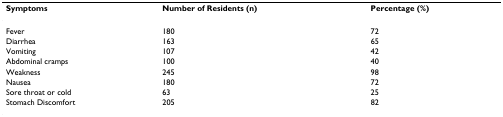
<table><thead><tr><td><b>Symptoms</b></td><td><b>Number of Residents (n)</b></td><td><b>Percentage (%)</b></td></tr></thead><tbody><tr><td>Fever</td><td>180</td><td>72</td></tr><tr><td>Diarrhea</td><td>163</td><td>65</td></tr><tr><td>Vomiting</td><td>107</td><td>42</td></tr><tr><td>Abdominal cramps</td><td>100</td><td>40</td></tr><tr><td>Weakness</td><td>245</td><td>98</td></tr><tr><td>Nausea</td><td>180</td><td>72</td></tr><tr><td>Sore throat or cold</td><td>63</td><td>25</td></tr><tr><td>Stomach Discomfort</td><td>205</td><td>82</td></tr></tbody></table>